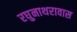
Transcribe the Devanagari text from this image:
रघुनाथरावास